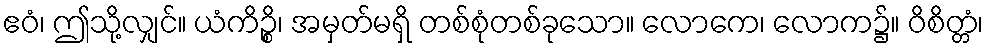
ဧဝံ၊ ဤသို့လျှင်။ ယံကိဉ္စိ၊ အမှတ်မရှိ တစ်စုံတစ်ခုသော။ လောကေ၊ လောက၌။ ဝိစိတ္တံ၊